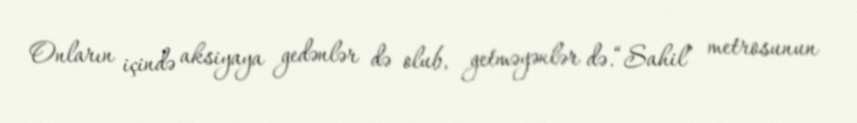
Onların içində aksiyaya gedənlər də olub, getməyənlər də.“Sahil” metrosunun